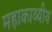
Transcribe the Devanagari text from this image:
महाकाव्यीय